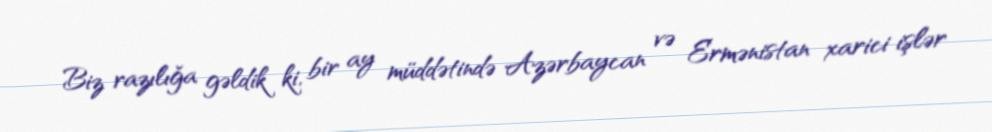
Biz razılığa gəldik ki, bir ay müddətində Azərbaycan və Ermənistan xarici işlər